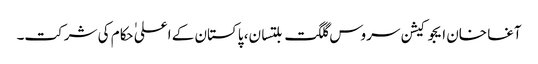
آغا خان ایجوکیشن سروس گلگت بلتسان، پاکستان کے اعلی ٰحکام کی شرکت۔